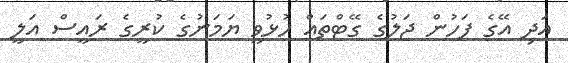
އަދި އޭގެ ފަހުން ޖަލުގެ ގޭޓްތައް ހުޅުވީ ޔަމަނުގެ ކުރީގެ ރައީސް އަލީ